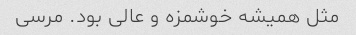
مثل همیشه خوشمزه و عالی بود. مرسی